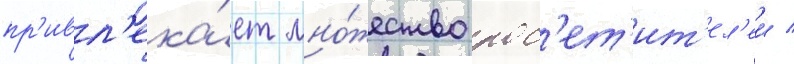
пр'ивл'ека́ет мно́жество пос'ет'ит'ел'еи /